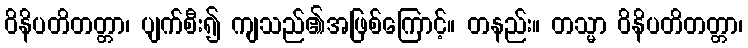
ဝိနိပတိတတ္တာ၊ ပျက်စီး၍ ကျသည်၏အဖြစ်ကြောင့်။ တနည်း။ တသ္မာ ဝိနိပတိတတ္တာ၊